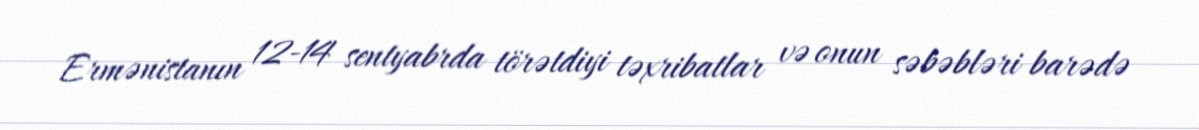
Ermənistanın 12-14 sentyabrda törətdiyi təxribatlar və onun səbəbləri barədə